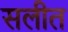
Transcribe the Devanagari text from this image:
सलीत